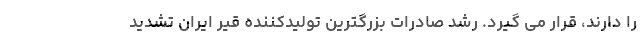
را دارند، قرار می گیرد. رشد صادرات بزرگترین تولیدکننده قیر ایران تشدید